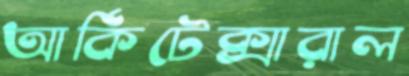
আর্কিটেক্সারাল